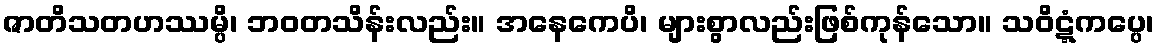
ဇာတိသတဟဿမ္ပိ၊ ဘဝတသိန်းလည်း။ အနေကေပိ၊ များစွာလည်းဖြစ်ကုန်သော။ သဝိဋ္ဋံကပ္ပေ၊